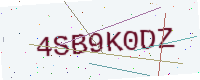
Text: 4SB9K0DZ